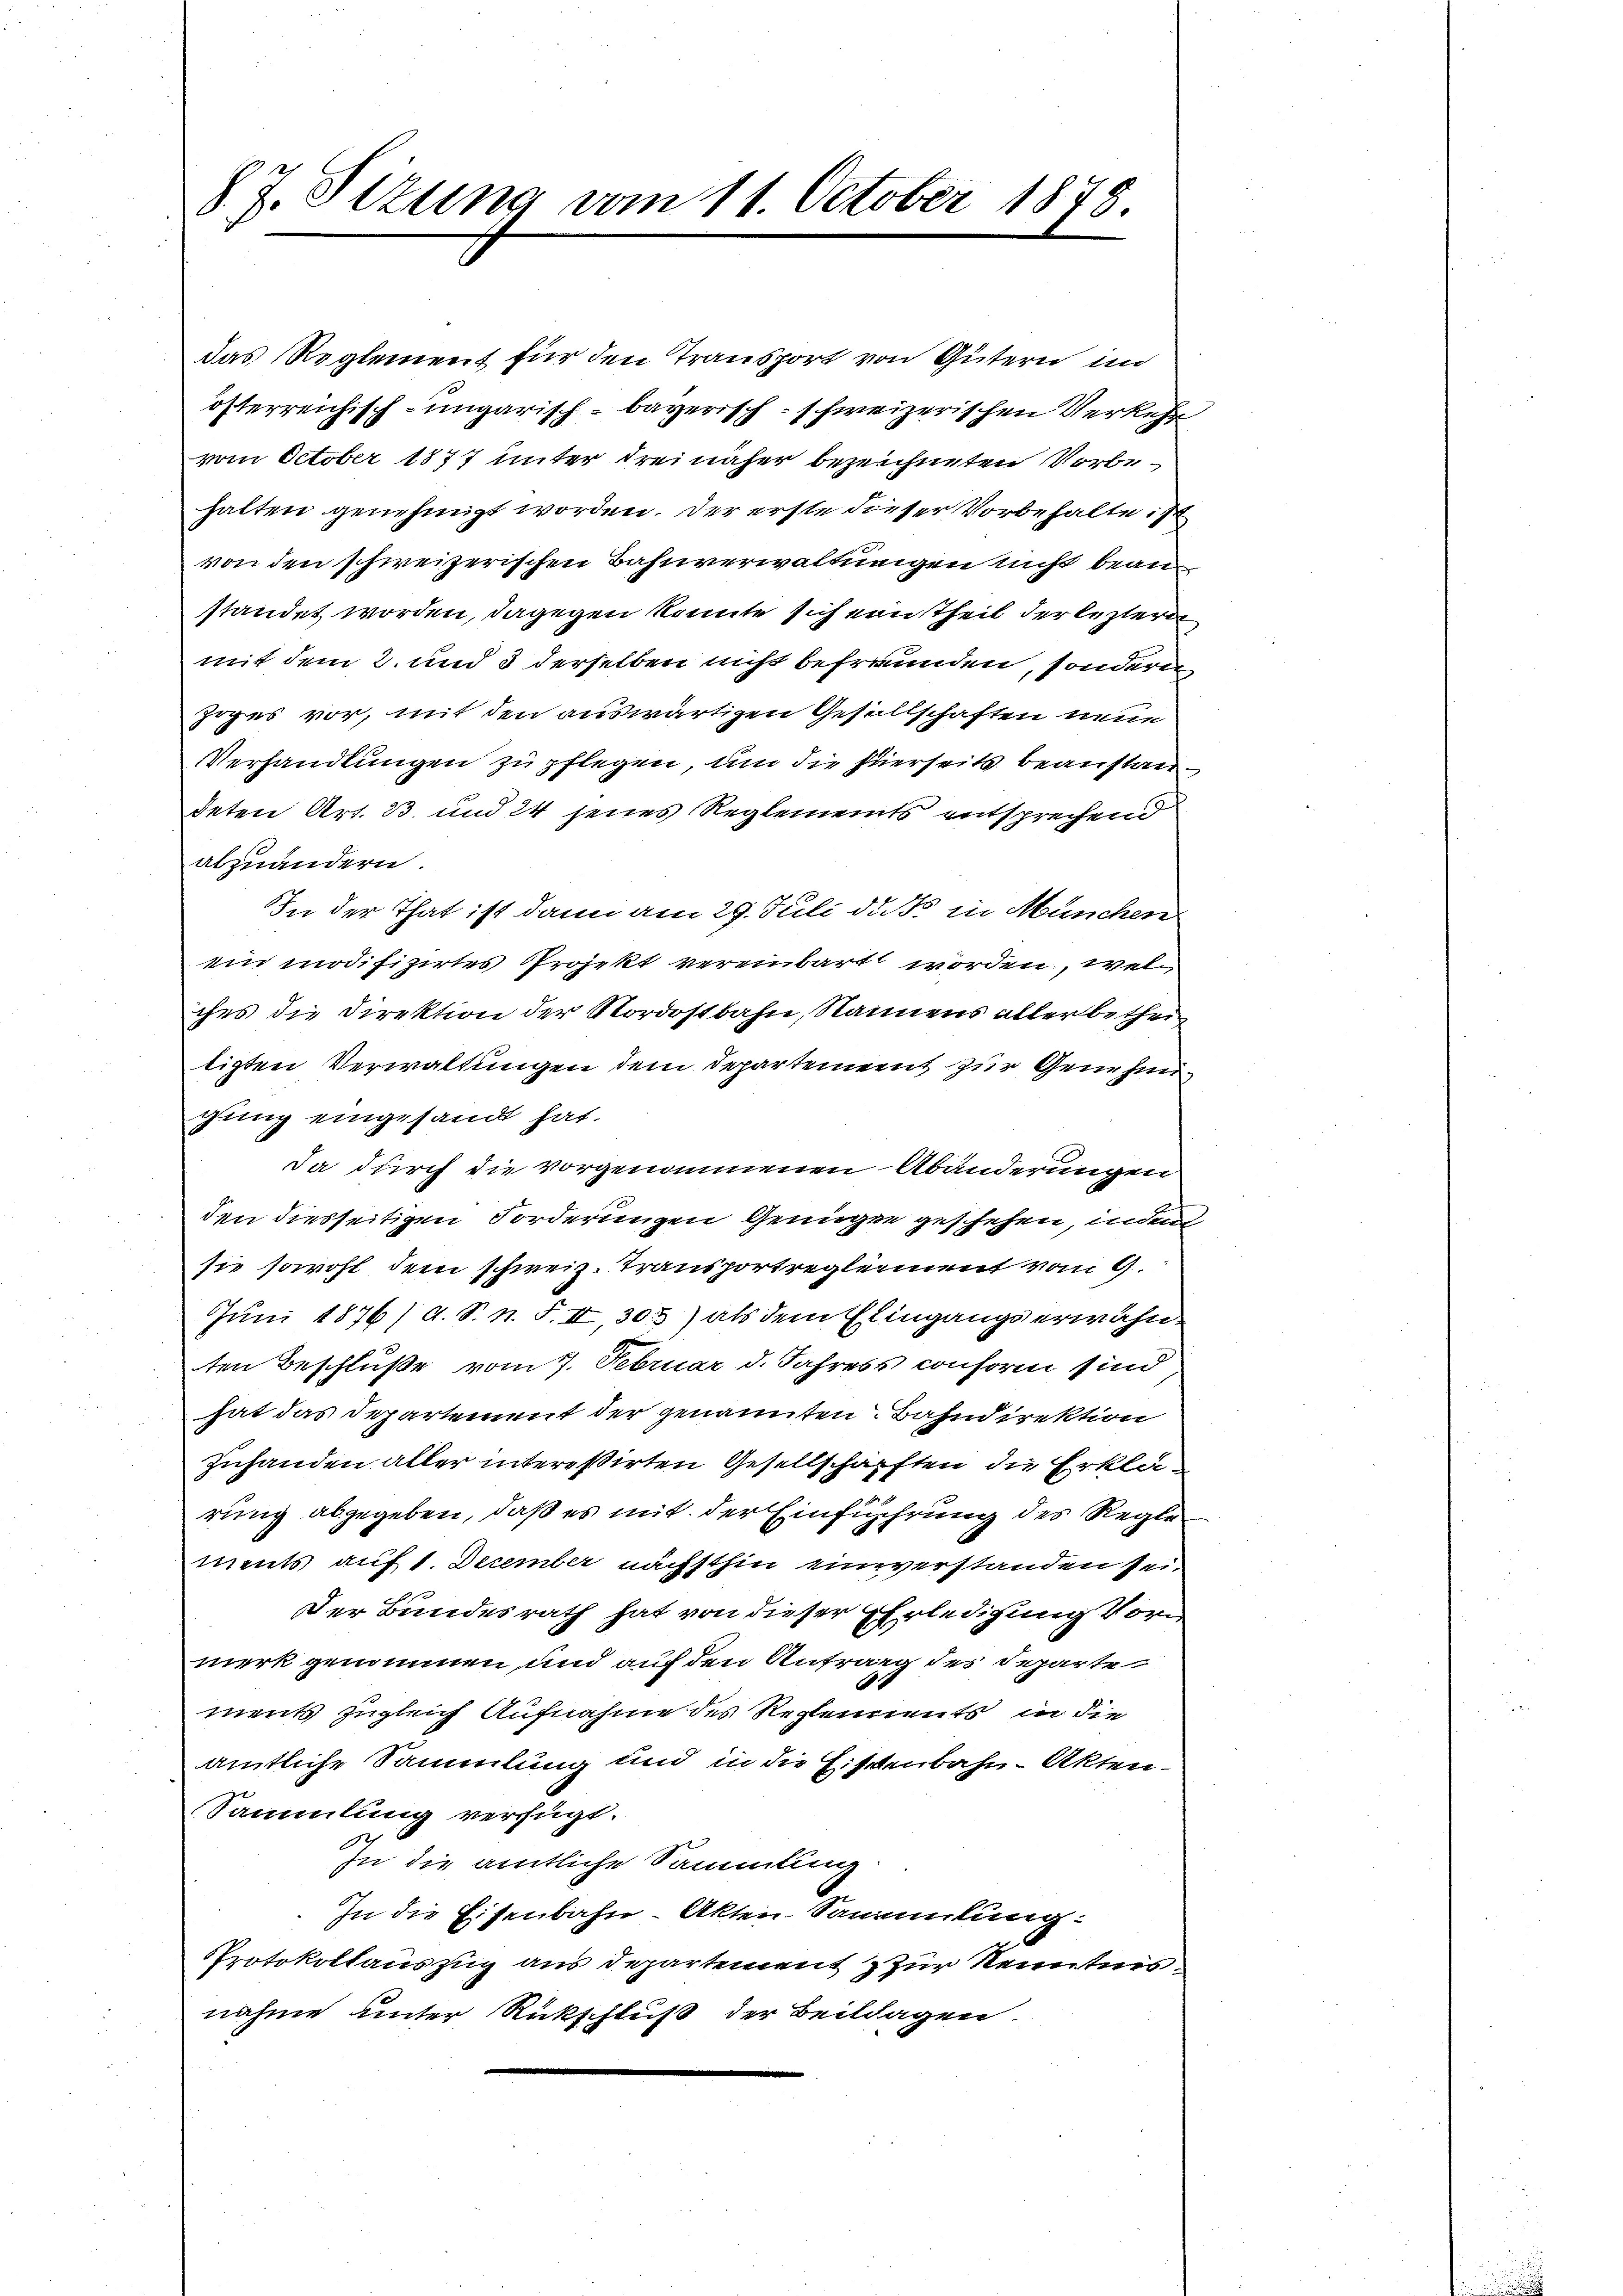
8 J. Sizung vom 11. October 1878.

das Reglement für den Transport von Gütern in
österreichisch-ungarisch-bayerisch - schweizerischen Verkehr
vom October 1877 unter drei näher bezeichneten Vorbehalten genehmigt worden. Der erste dieser Vorbehalte ist
von den schweizerischen Bahnverwaltungen nicht beanstandet worden, dagegen könnte sich von Theil der leztern
mit dem 2. und 3 derselben nicht befreunden, sondern
Zoges vor, mit den auswärtigen Gesellschaften neue
Verhandlungen zu pflegen, um die stierseits beanstandeten Art. 33. und 24 jenes Reglemeints entsprechend
abzuändern.
IIn der That ist dann am 29. Juli d. So in München
ein modifizirtes Projekt vereinbart worden, wel
ches die Direktion der Nordostbahn, Namens allerbetheitigten Verwaltungen dem Departement zur Genehm
gung eingesandt hat.
Da durch die vorgenommenen Abänderungen
den diesseitigen Forderungen Genügen geschehen, inde
sie sowohl dem schweiz. Transportreglement vom 9.
Juni 1876/ d. S. n. F. II, 305) als dem Eingangserwähn
ten Beschluße vom 7. Februar d. Jahress conform sind,
hat das Departement der genannten Bahndirektion
Zuhanden aller interessirten Gesellschaften die Erklärung abgegeben, daß es mit der Einführung des Reglements auf 1. December nächsthin einverstanden sei.
Der Bundesrath hat von dieser Erledigung Vormerk genommen und auf den Antrag des Departe
ments zugleich Aufnahme des Reglements in die
amtliche Sammlung und in die Eisenbahn-Akten-
Sammlung verfügt.
.
In die amtliche Sammlung
In die Eisenbahn-Akten Sammlung:
Protokollauszug aus Departement zur Kenntnis.
nahme unter Rückschluß der Beilagen.